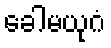
ခေါမယုဂံ